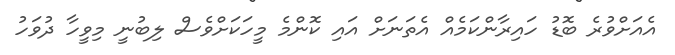
އެއަށްވުރެ ބޮޑު ހައިރާންކަމެއް އެތަނަށް އައި ކޮންމެ މީހަކަށްވެސް ލިބުނީ މިވީހާ ދުވަހު